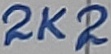
Text: 2K2